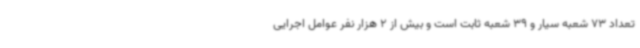
تعداد 73 شعبه سیار و 39 شعبه ثابت است و بیش از 2 هزار نفر عوامل اجرایی